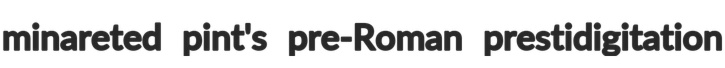
minareted pint's pre-Roman prestidigitation